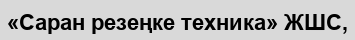
«Саран резеңке техника» ЖШС,